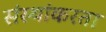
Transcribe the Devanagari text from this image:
संस्थांकरता